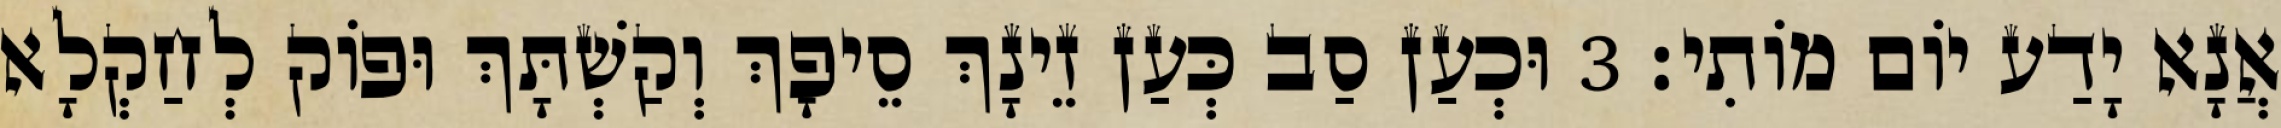
אֲנָא יָדַע יוֹם מוֹתִי׃ 3 וּכְעַן סַב כְּעַן זֵינָךְ סֵיפָךְ וְקַשְׁתָּךְ וּפוֹק לְחַקְלָא